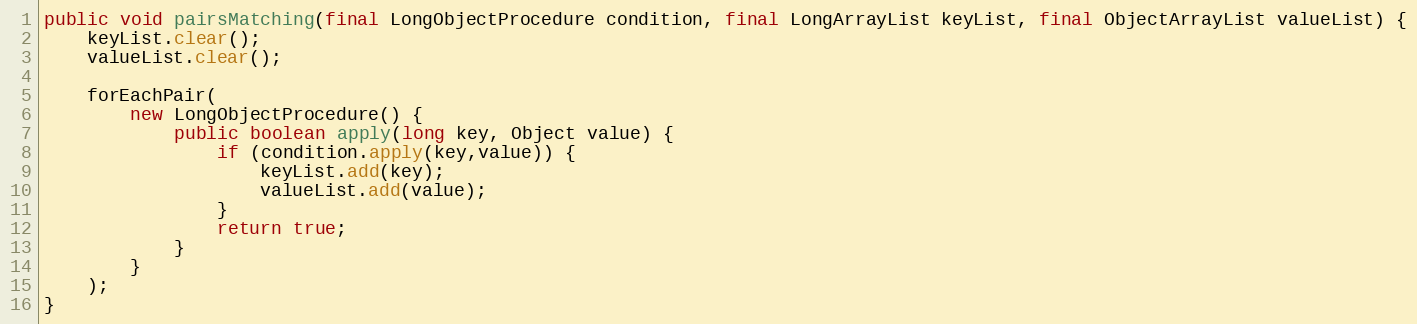
Language: Java
public void pairsMatching(final LongObjectProcedure condition, final LongArrayList keyList, final ObjectArrayList valueList) {
	keyList.clear();
	valueList.clear();

	forEachPair(
		new LongObjectProcedure() {
			public boolean apply(long key, Object value) {
				if (condition.apply(key,value)) {
					keyList.add(key);
					valueList.add(value);
				}
				return true;
			}
		}
	);
}